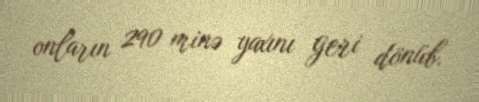
onların 290 minə yaxını geri dönüb.